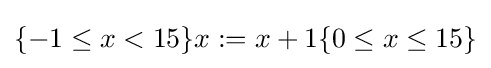
\{-1\leq x<15\}x:=x+1\{0\leq x\leq 15\}